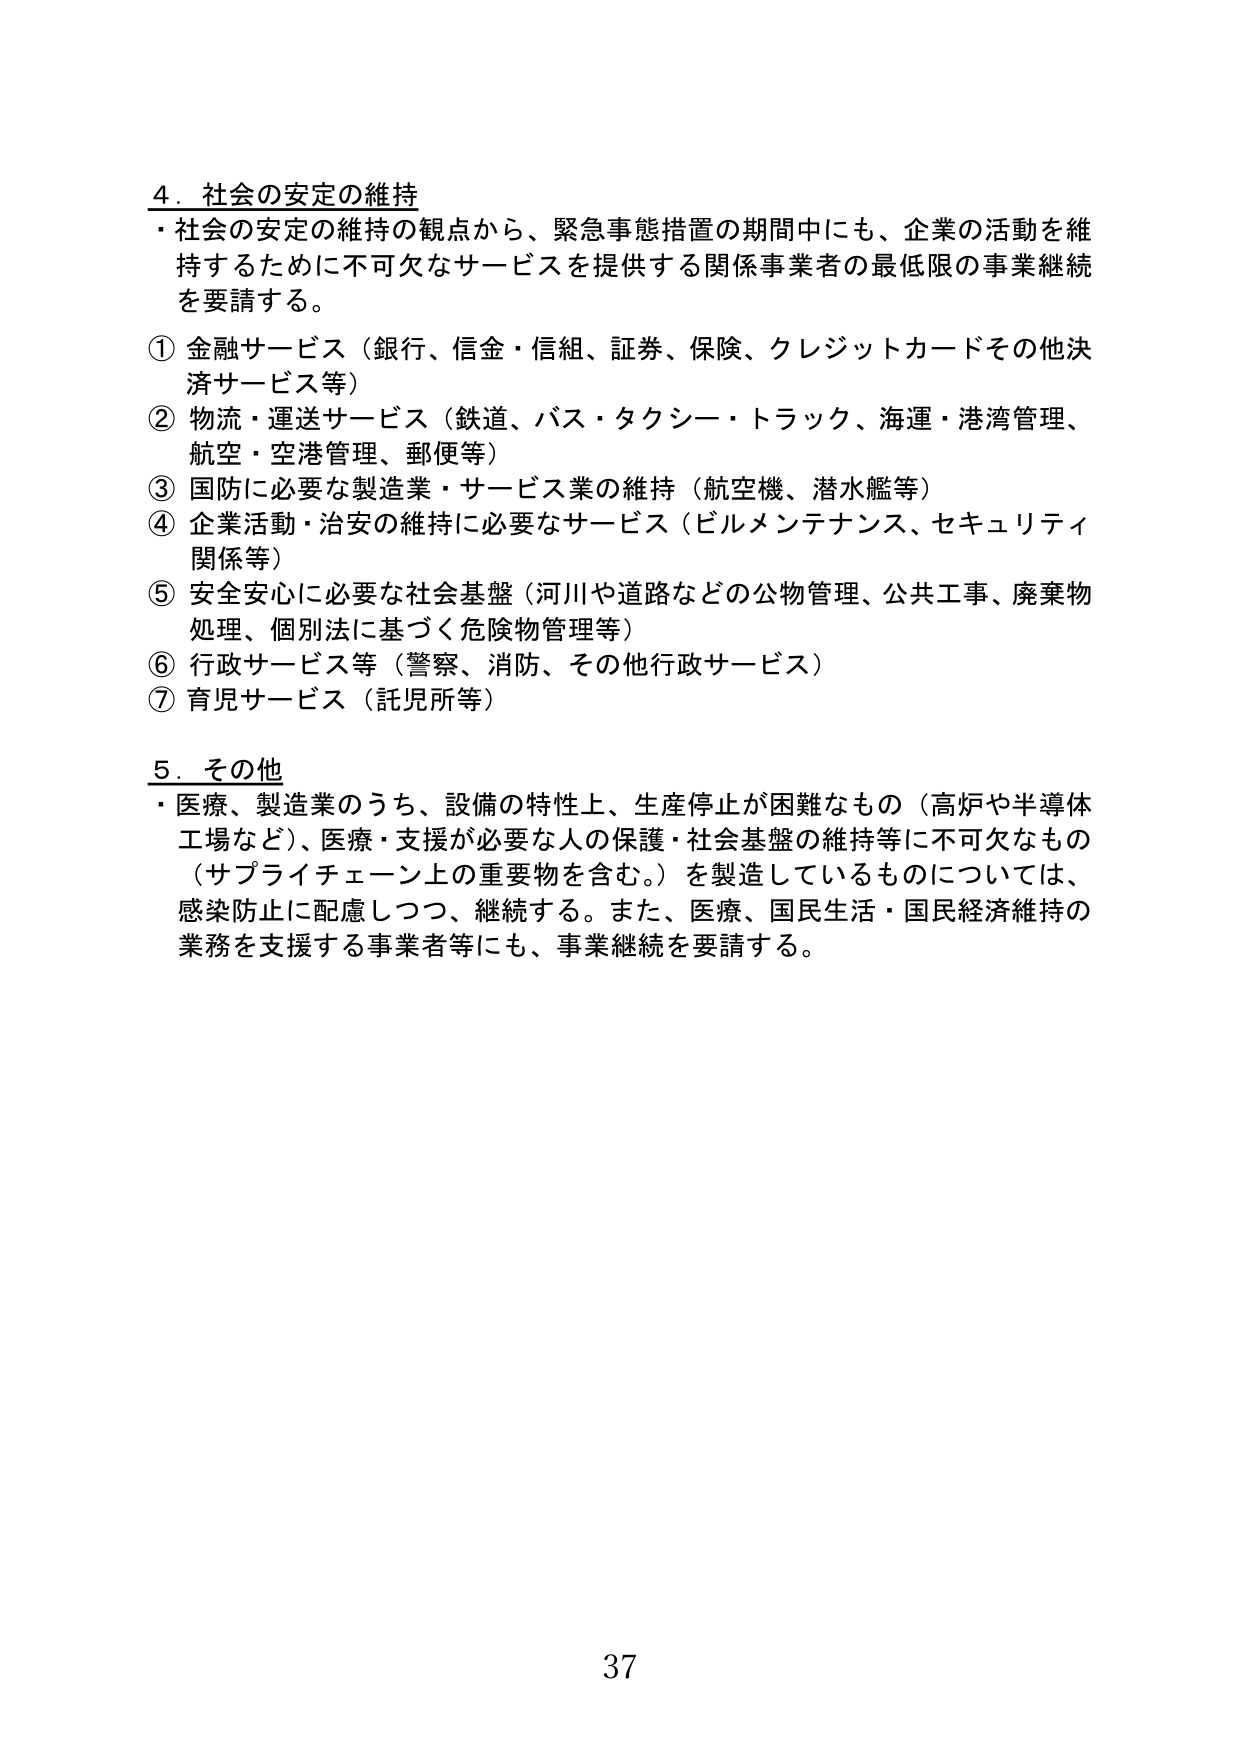
4．社会の安定の維持
・社会の安定の維持の観点から、緊急事態措置の期間中にも、企業の活動を維持するために不可欠なサービスを提供する関係事業者の最低限の事業継続を要請する。

① 金融サービス（銀行、信金・信組、証券、保険、クレジットカードその他決済サービス等）
② 物流・運送サービス（鉄道、バス・タクシー・トラック、海運・港湾管理、航空・空港管理、郵便等）
③ 国防に必要な製造業・サービス業の維持（航空機、潜水艦等）
④ 企業活動・治安の維持に必要なサービス（ビルメンテナンス、セキュリティ関係等）
⑤ 安全安心に必要な社会基盤（河川や道路などの公物管理、公共工事、廃棄物処理、個別法に基づく危険物管理等）
⑥ 行政サービス等（警察、消防、その他行政サービス）
⑦ 育児サービス（託児所等）

5．その他
・医療、製造業のうち、設備の特性上、生産停止が困難なもの（高炉や半導体工場など）、医療・支援が必要な人の保護・社会基盤の維持等に不可欠なもの（サプライチェーン上の重要物を含む。）を製造しているものについては、感染防止に配慮しつつ、継続する。また、医療、国民生活・国民経済維持の業務を支援する事業者等にも、事業継続を要請する。

37